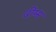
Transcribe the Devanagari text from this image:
वीम्स